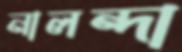
নালন্দা